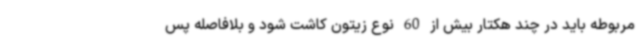
مربوطه باید در چند هکتار بیش از 60 نوع زیتون کاشت شود و بلافاصله پس